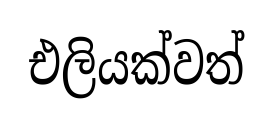
එලියක්වත්